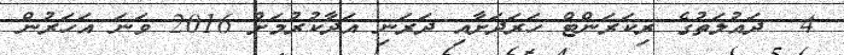
4  ދައުލަތުގެ ރިކަރަންޓް ހަރަދަށާއި ދަރަނި އަދާކުރުމަށް 2016 ވަނަ އަހަރުން